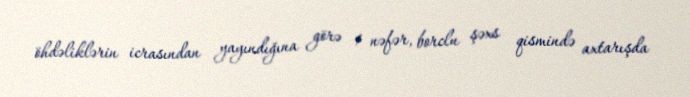
öhdəliklərin icrasından yayındığına görə 1 nəfər, borclu şəxs qismində axtarışda